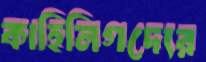
কাহিনিগদ্যের